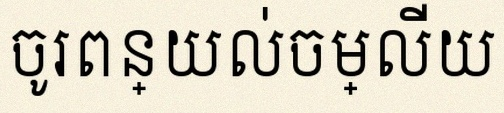
ចូរពន្យល់ចម្លើយ